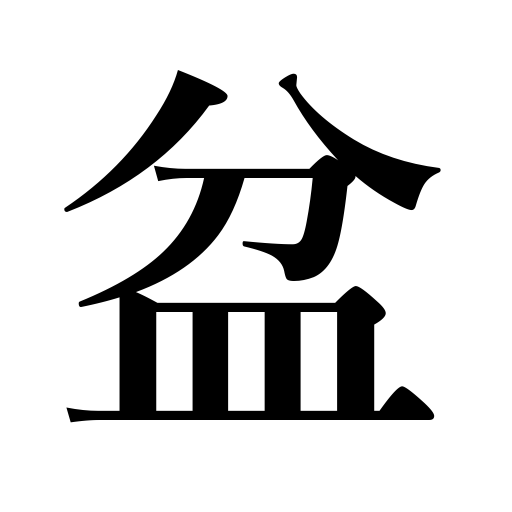
Meanings: Lantern Festival,Festivals of the Dead,tray